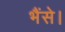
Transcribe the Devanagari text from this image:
भैंसे।